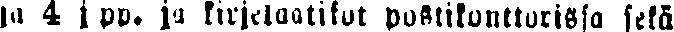
ja 4 j pp. ja kirjelaatikot postikonttorissa sekä